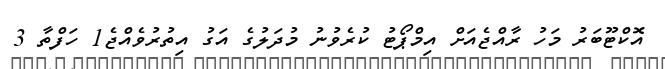
އޮކްޓޫބަރު މަހު ރާއްޖެއަށް އިމްޕޯޓު ކުރެވުނު މުދަލުގެ އަގު އިތުރުވެއްޖެ1 ހަފްތާ 3